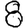
Digit: 8